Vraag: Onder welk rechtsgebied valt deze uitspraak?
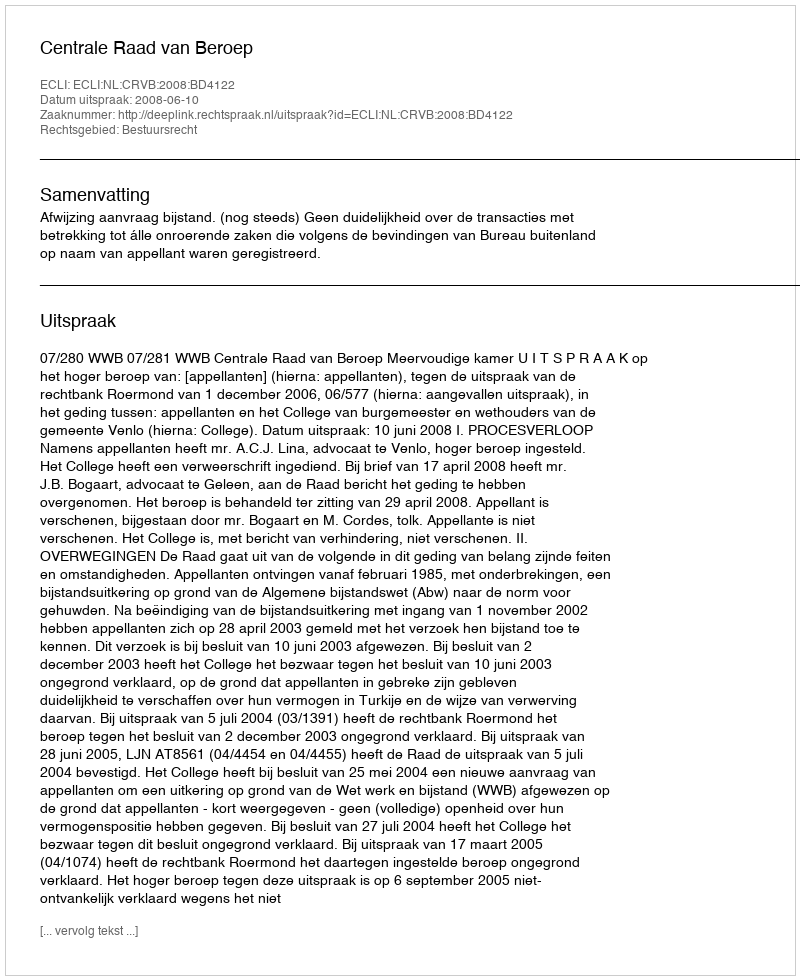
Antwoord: Bestuursrecht